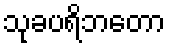
သုခပရိဘတော